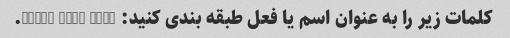
کلمات زیر را به عنوان اسم یا فعل طبقه بندی کنید: Work, Run, Book.